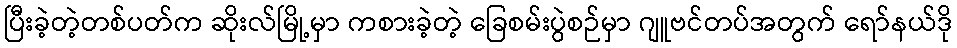
ပြီးခဲ့တဲ့တစ်ပတ်က ဆိုးလ်မြို့မှာ ကစားခဲ့တဲ့ ခြေစမ်းပွဲစဉ်မှာ ဂျူဗင်တပ်အတွက် ရော်နယ်ဒို